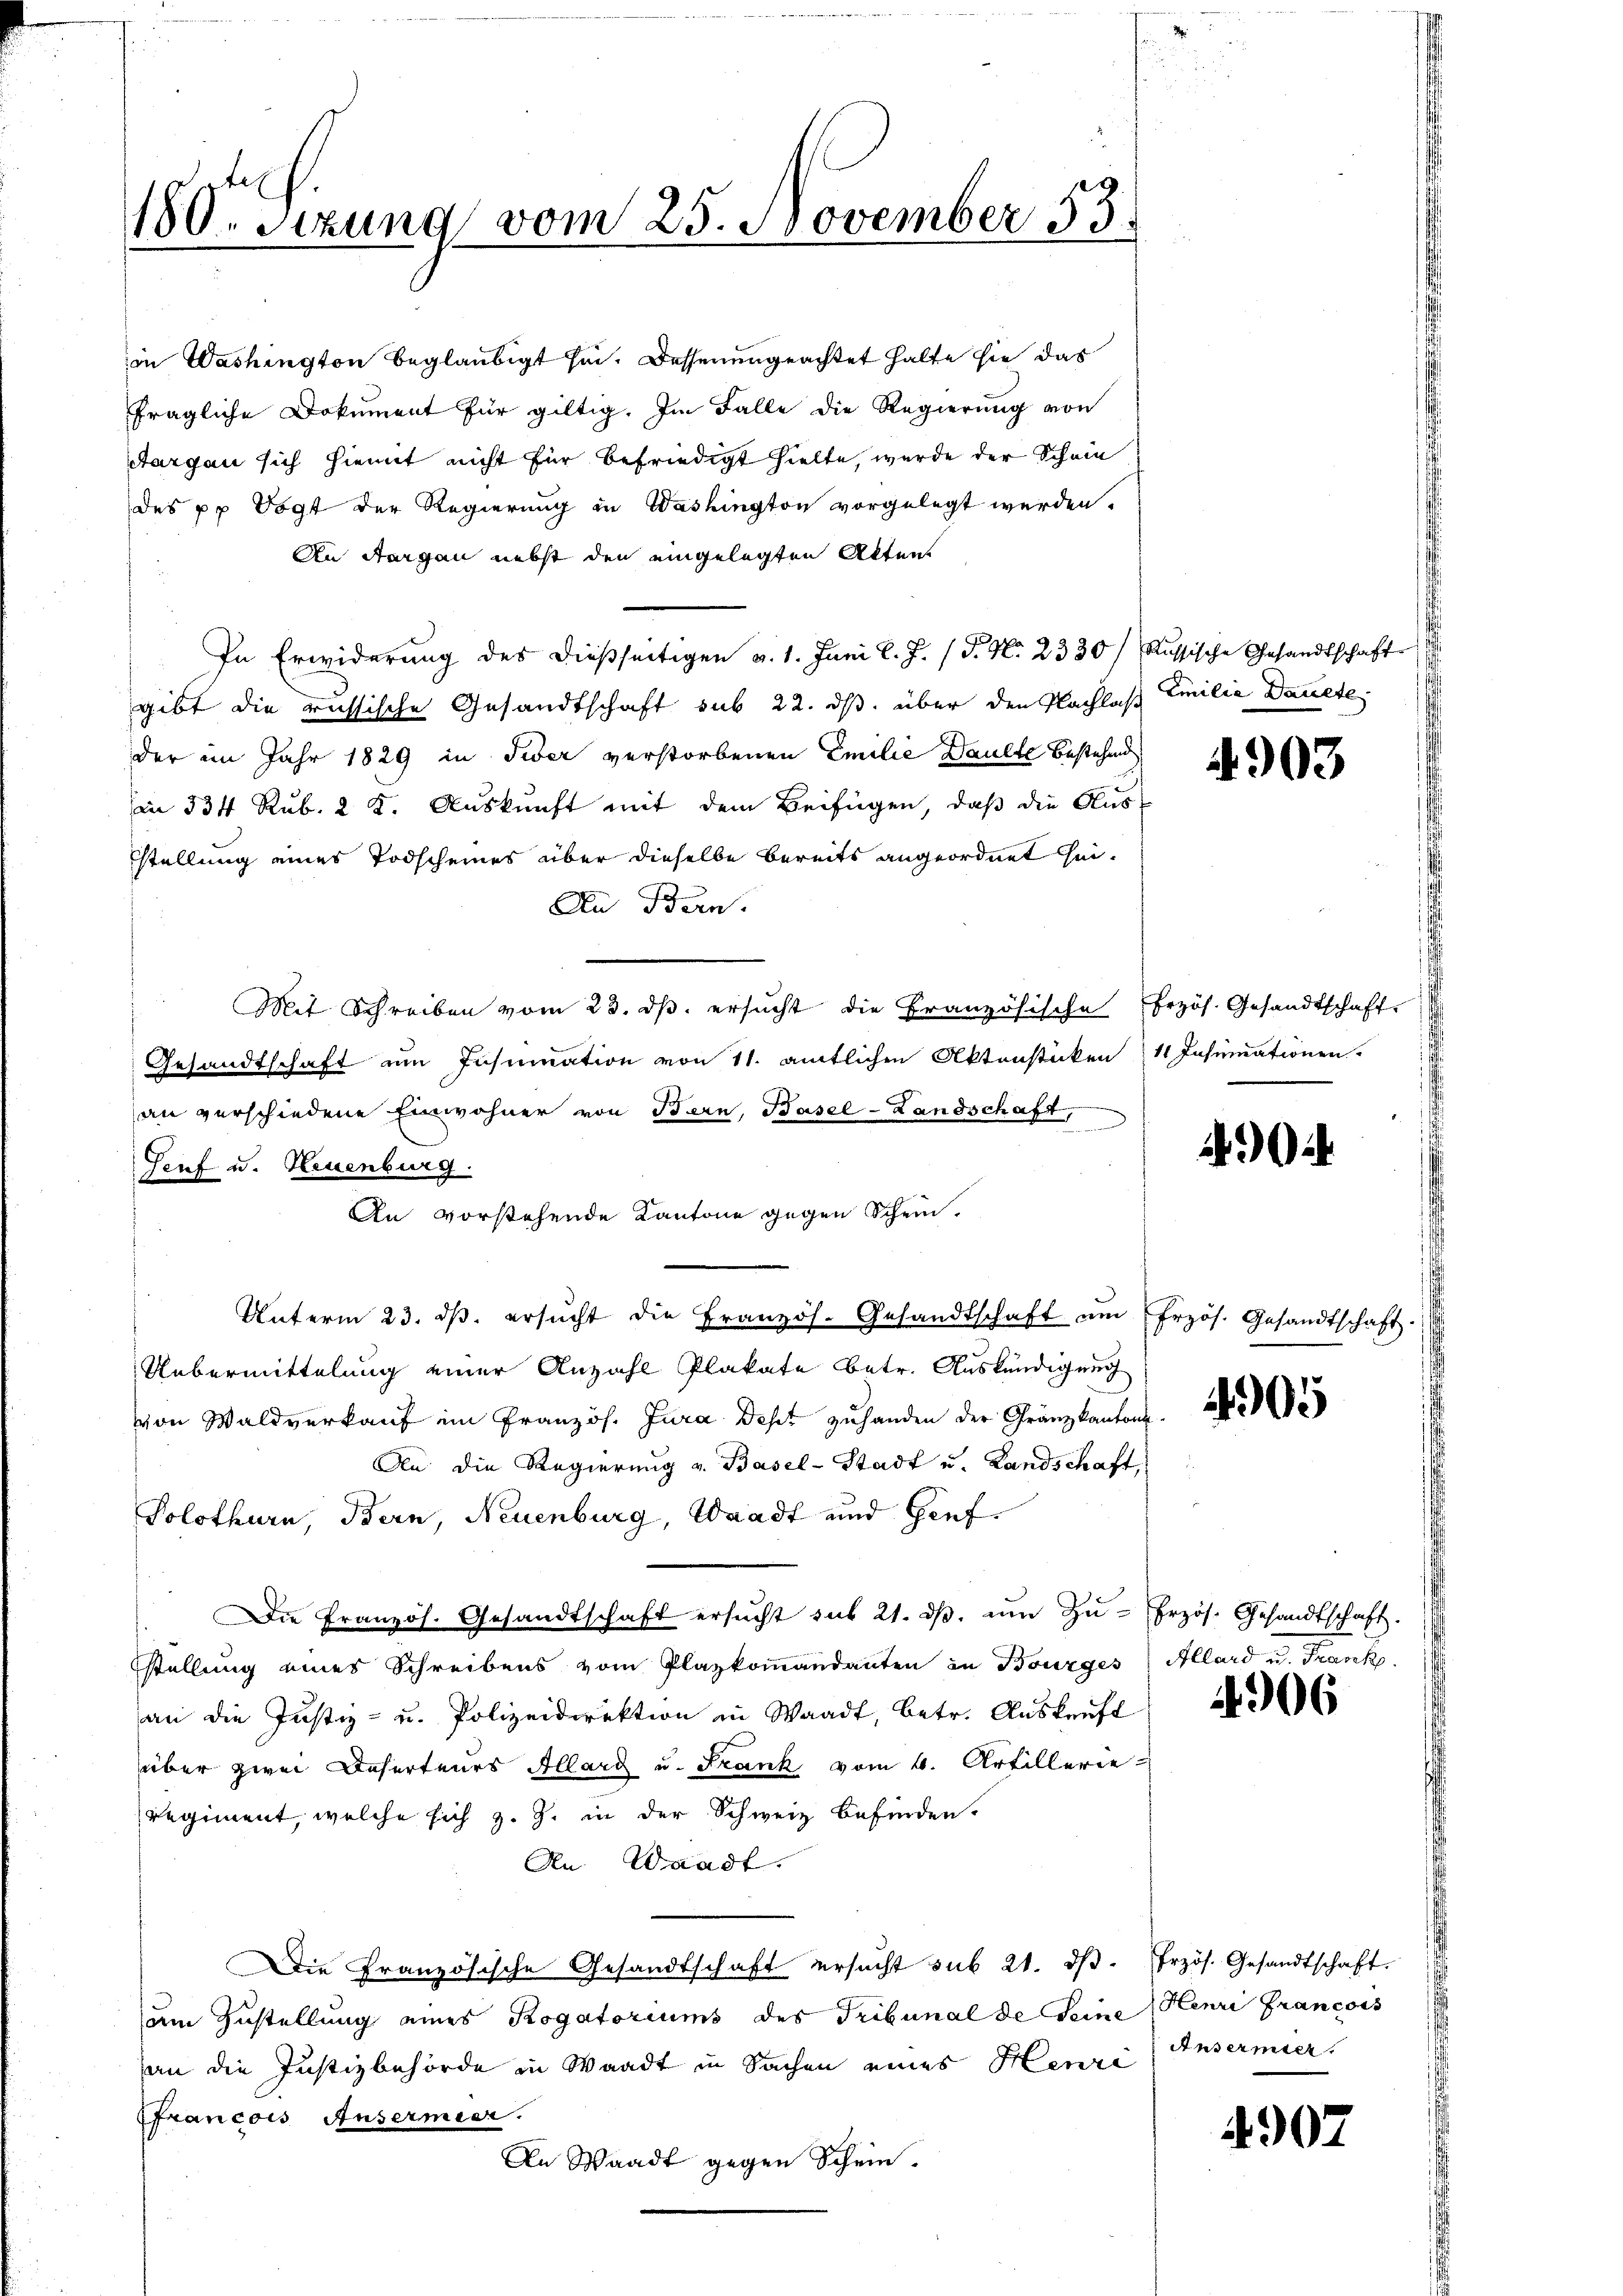
180. Sizung vom 25. November 55.

in Washington beglaubigt sei. Dessenungeachtet halte sie das
fragliche Dokument für giltig. Im Falle die Regierung von
Aargau sich hiemit nicht für befriedigt hielte, wurde der Schein
des pr Vogt der Regierung in Washington vorgelegt werden.
An Sorgen nebst den eingelegten Akten
In Erwiderung des dießseitigen v. 1. Juni l. J. (T. N. 2330/ Russische Gesandtschaft
gibt die russische Gesandtschaft sub 22. ds. über den Plachlas Emilie Dauete
der im Jahr 1829 in Tier verstorbenen Emilie Daulte bestehend
in 334 Rub. 2 K. Auskunft mit dem Beifügen, daß die Aus-
stellung eines Todscheines über dieselbe bereits angeordnet sei¬
An Bern.
Mit Schreiben vom 23. ds. ersucht die Französische bezös. Gesandtschaft
Gesandtschaft um Insumation von 11. amtlichen Aktenstücken
an verschiedene Einwohner von Bern, Basel-Landschaft,
u
Genf u. Neuenburg.
An vorstehende Kantone gegen Schein.
Unterm 23. dβ. ersŭcht die Französ. Gesandtschaft am frzös. Gesandtschaft.
Uebermittelung einer Anzahl Plakate betr. Auskündigung
von Waldverkauf im Französ. Jura dest zuhanden der Gränzkantons-
An die Regierung v. Basel-Stadt u. Landschaft,
Solothurn, Bern, Neuenburg, Waadt und Genf¬
Die Französ. Gesandtschaft ersŭcht sub 21. dβ. ŭm Zŭ-Erzös. Gesandtschaft.
stellung eines Schreibens vom Plazkoṁandanten in Bourges
an die Justiz- u. Polizeidirektion in Waadt, betr. Auskunft
über zwei Desertenes Allard u. Frank vom 6. Artillerie
regiment, welche sich z. Z. in der Schweiz befinden-
An Waadt.
Die Französische Gesandtschaft ersucht sub 21. ds.
am Zustellung eines Rogatoriums des Tribunal de seine
an die Justizbehörde in Waadt in Sachen eines Henzi, Ansermier,
francois Ansermier.
An Waadt gegen Schein.

4903

4 Insumationen.

404

4905

Illand u. Krank.

4906

Przös. Gesandtschaft.
Henri Francois

4907